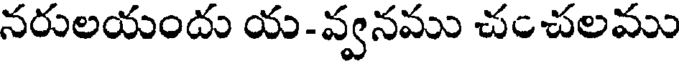
నరులయందు య-వ్వనము చంచలము